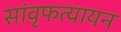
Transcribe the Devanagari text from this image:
सांवृफत्यायन